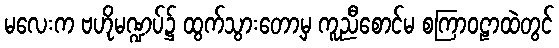
မလေးက ဗဟိုမဏ္ဍပ်၌ ထွက်သွားတော့မှ ကူညီစောင်မ စကြာဝဠာထဲတွင်